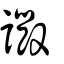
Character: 譭